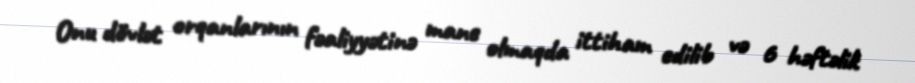
Onu dövlət orqanlarının fəaliyyətinə mane olmaqda ittiham edilib və 6 həftəlik